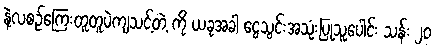
နဲ့လစဉ်ကြေးတူတူပဲကျသင့်တဲ့ ကို ယခုအခါ ငွေသွင်းအသုံးပြုသူပေါင်း သန်း ၂၀